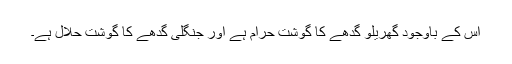
اس کے باوجود گھریلو گدھے کا گوشت حرام ہے اور جنگلی گدھے کا گوشت حلال ہے۔